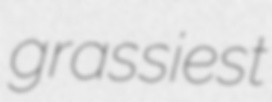
grassiest